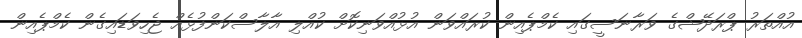
އުއްތަރު ޕްރަދޭޝްގެ ވަރާނަސީގައި ކެމްޕެއިން ކުރައްވަން އުޅުއްވަނިކޮށް ކުއްލި އާލާސްކަންފުޅެއް ޖެހިވަޑައިގެން ކެމްޕެއިން